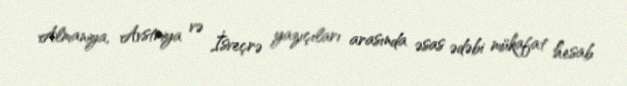
Almaniya, Avstriya və İsveçrə yazıçıları arasında əsas ədəbi mükafat hesab